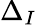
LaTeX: \Delta_{I}